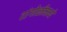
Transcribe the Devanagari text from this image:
रांगोळीमध्ये